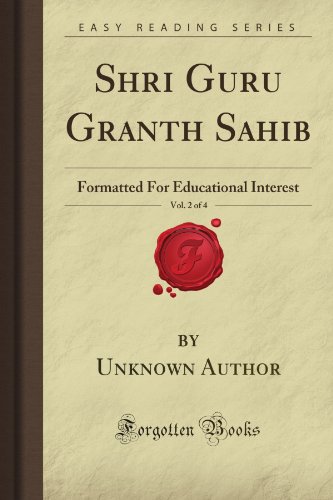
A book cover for Shri Guru Granth Sahib, Vol. 2 of 4: Formatted For Educational Interest (Forgotten Books); Unknown Petrovna Author; Religion & Spirituality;